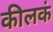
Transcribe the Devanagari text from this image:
कीलकं